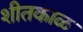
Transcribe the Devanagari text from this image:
शीतकाळ